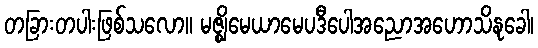
တခြားတပါးဖြစ်သလော။ မဇ္ဈိမေယာမေပဒီပေါအညောအဟောသိနုခေါ၊